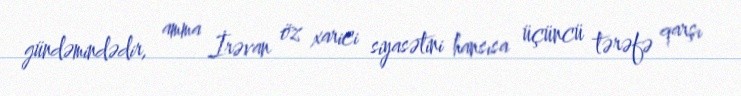
gündəmindədir, amma İrəvan öz xarici siyasətini hansısa üçüncü tərəfə qarşı